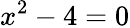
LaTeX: x^{2}-4=0